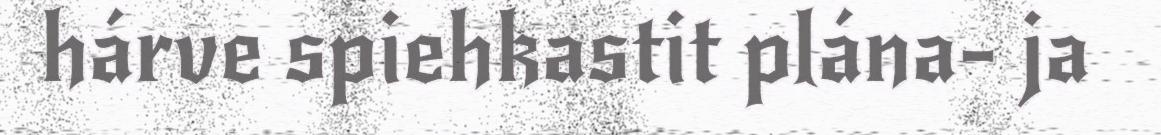
hárve spiehkastit plána- ja